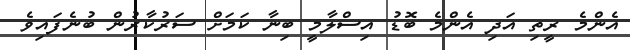
އެންމެ ރީތި އަދި އެންމެ ބޮޑު އިސްލާމީ ބިނާ ކަމަށް ސަރުކާރުން ބުނެފައިވެ